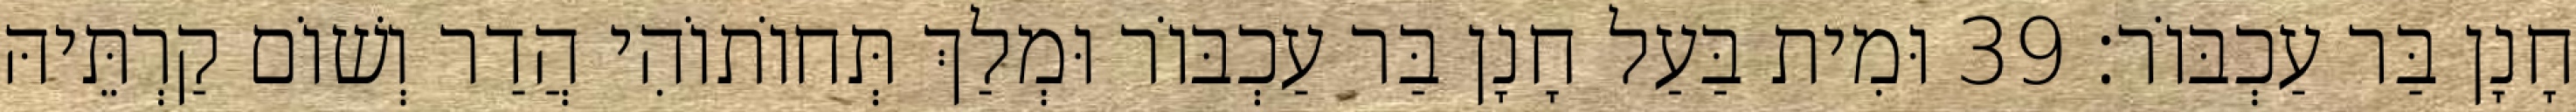
חָנָן בַּר עַכְבּוֹר׃ 39 וּמִית בַּעַל חָנָן בַּר עַכְבּוֹר וּמְלַךְ תְּחוֹתוֹהִי הֲדַר וְשׁוֹם קַרְתֵּיהּ